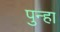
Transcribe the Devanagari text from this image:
पुन्‍हा